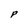
Character: P